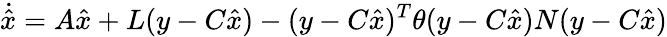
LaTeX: {\dot{\hat{x}}}=A{\hat{x}}+L(y-C{\hat{x}})-(y-C{\hat{x}})^{T}\theta(y-C{\hat{x}})N(y-C{\hat{x}})